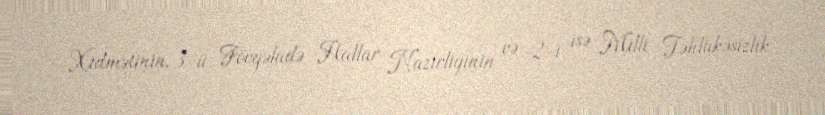
Xidmətinin, 3-ü Fövqəladə Hallar Nazirliyinin və 2-i isə Milli Təhlükəsizlik